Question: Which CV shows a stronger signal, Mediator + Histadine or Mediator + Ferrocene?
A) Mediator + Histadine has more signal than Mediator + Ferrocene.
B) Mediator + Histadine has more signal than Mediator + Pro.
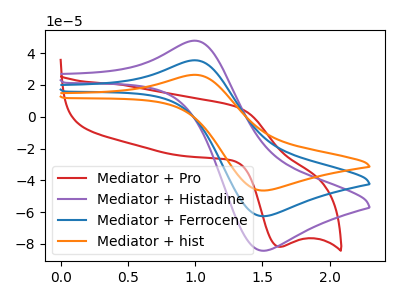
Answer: <think>The red curve "Mediator + Pro" has an anodic peak at (1.30V, 5.90uA) and a cathodic peak at (1.60V, -81.70uA). The purple curve "Mediator + Histadine" has an anodic peak at (1.00V, 47.75uA) and a cathodic peak at (1.50V, -84.25uA). The blue curve "Mediator + Ferrocene" has an anodic peak at (1.00V, 35.45uA) and a cathodic peak at (1.50V, -62.55uA). The orange curve "Mediator + hist" has an anodic peak at (1.00V, 70.90uA) and a cathodic peak at (1.50V, -125.05uA).
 All the peaks in "Mediator + Histadine" have a peak in "Mediator + Ferrocene" at the same potential. Every peak in "Mediator + Histadine" is higher than every peak in "Mediator + Ferrocene".</think>
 <answer>A) "Mediator + Histadine" has more signal than "Mediator + Ferrocene".</answer>
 <eval>A</eval>